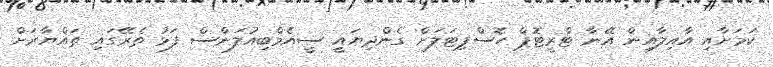
ކަމަށާއި އާއިލާއިން އޭނާ ޓްރީޓޮޕް ހޮސްޕިޓަލަށް ގެންދިޔައީ ސީއެމްބިއުލަންސް ފަޅު ތެރޭގައި ތައްޔާރަށް